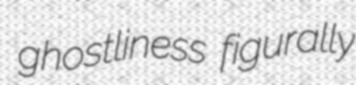
ghostliness figurally